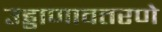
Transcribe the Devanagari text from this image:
उड्डाणावतरणे